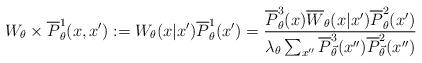
LaTeX: \begin{align*} W_{\theta} \times \overline{P}^1_{\theta}(x,x'):= W_{\theta}(x|x')\overline{P}^1_{\theta}(x') = \frac{\overline{P}^3_{\theta}(x) \overline{W}_{\theta}(x|x') \overline{P}^2_{\theta}(x')}{\lambda_{\theta}\sum_{x''}\overline{P}^3_{\vec{\theta}}(x'')\overline{P}^2_{\vec{\theta}}(x'')}\end{align*}